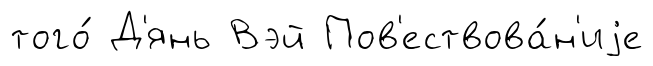
того́ Д'янь Вэй Пов'ествова́н'иjе